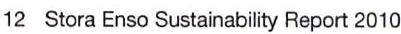
12  Stora Enso Sustainability Report 2010